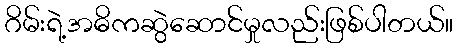
ဂိမ်းရဲ့အဓိကဆွဲဆောင်မှုလည်းဖြစ်ပါတယ်။